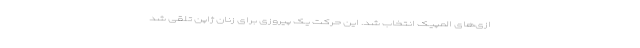
ازی‌های المپیک انتخاب شد. این حرکت یک پیروزی برای زنان ژاپن تلقی شد